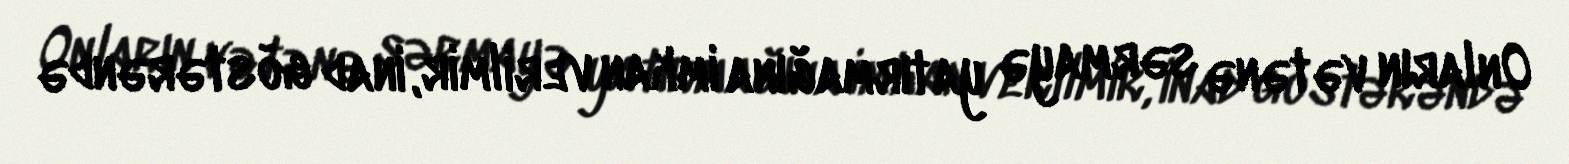
Onların vətənə sərmayə yatırmağına imkan verilmir, inad göstərəndə